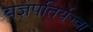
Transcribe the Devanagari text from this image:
यज्ञपतिर्यज्वा